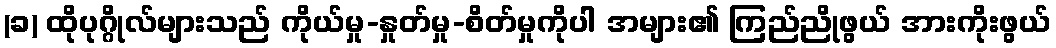
(ခ) ထိုပုဂ္ဂိုလ်များသည် ကိုယ်မှု-နှုတ်မှု-စိတ်မှုကိုပါ အများ၏ ကြည်ညိုဖွယ် အားကိုးဖွယ်